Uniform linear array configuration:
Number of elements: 24
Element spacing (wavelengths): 0.5
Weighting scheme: uniform
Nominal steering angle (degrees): -30
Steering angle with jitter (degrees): -31.389
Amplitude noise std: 0.05
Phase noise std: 0.05

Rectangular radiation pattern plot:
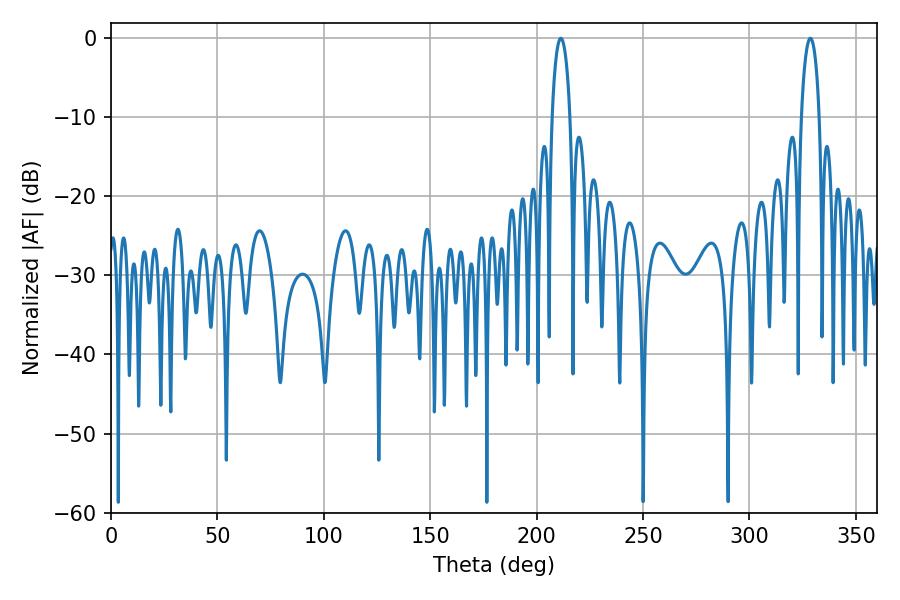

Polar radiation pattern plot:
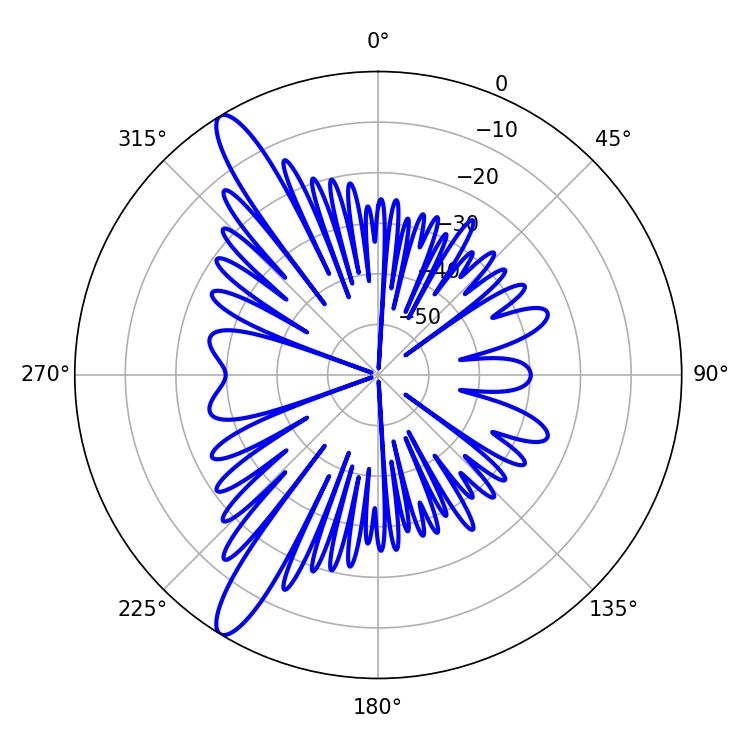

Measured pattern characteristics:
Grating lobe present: FALSE
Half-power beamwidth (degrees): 4.86
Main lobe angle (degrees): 211.32